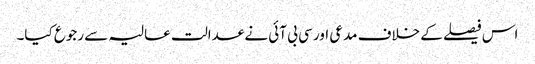
اس فیصلے کے خلاف مدعی اور سی بی آئی نے عدالت عالیہ سے رجوع کیا۔